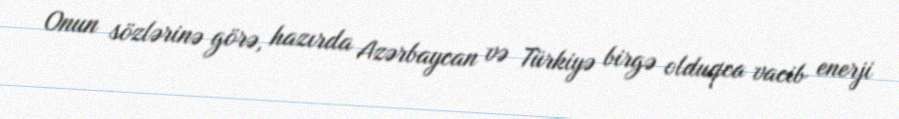
Onun sözlərinə görə, hazırda Azərbaycan və Türkiyə birgə olduqca vacib enerji